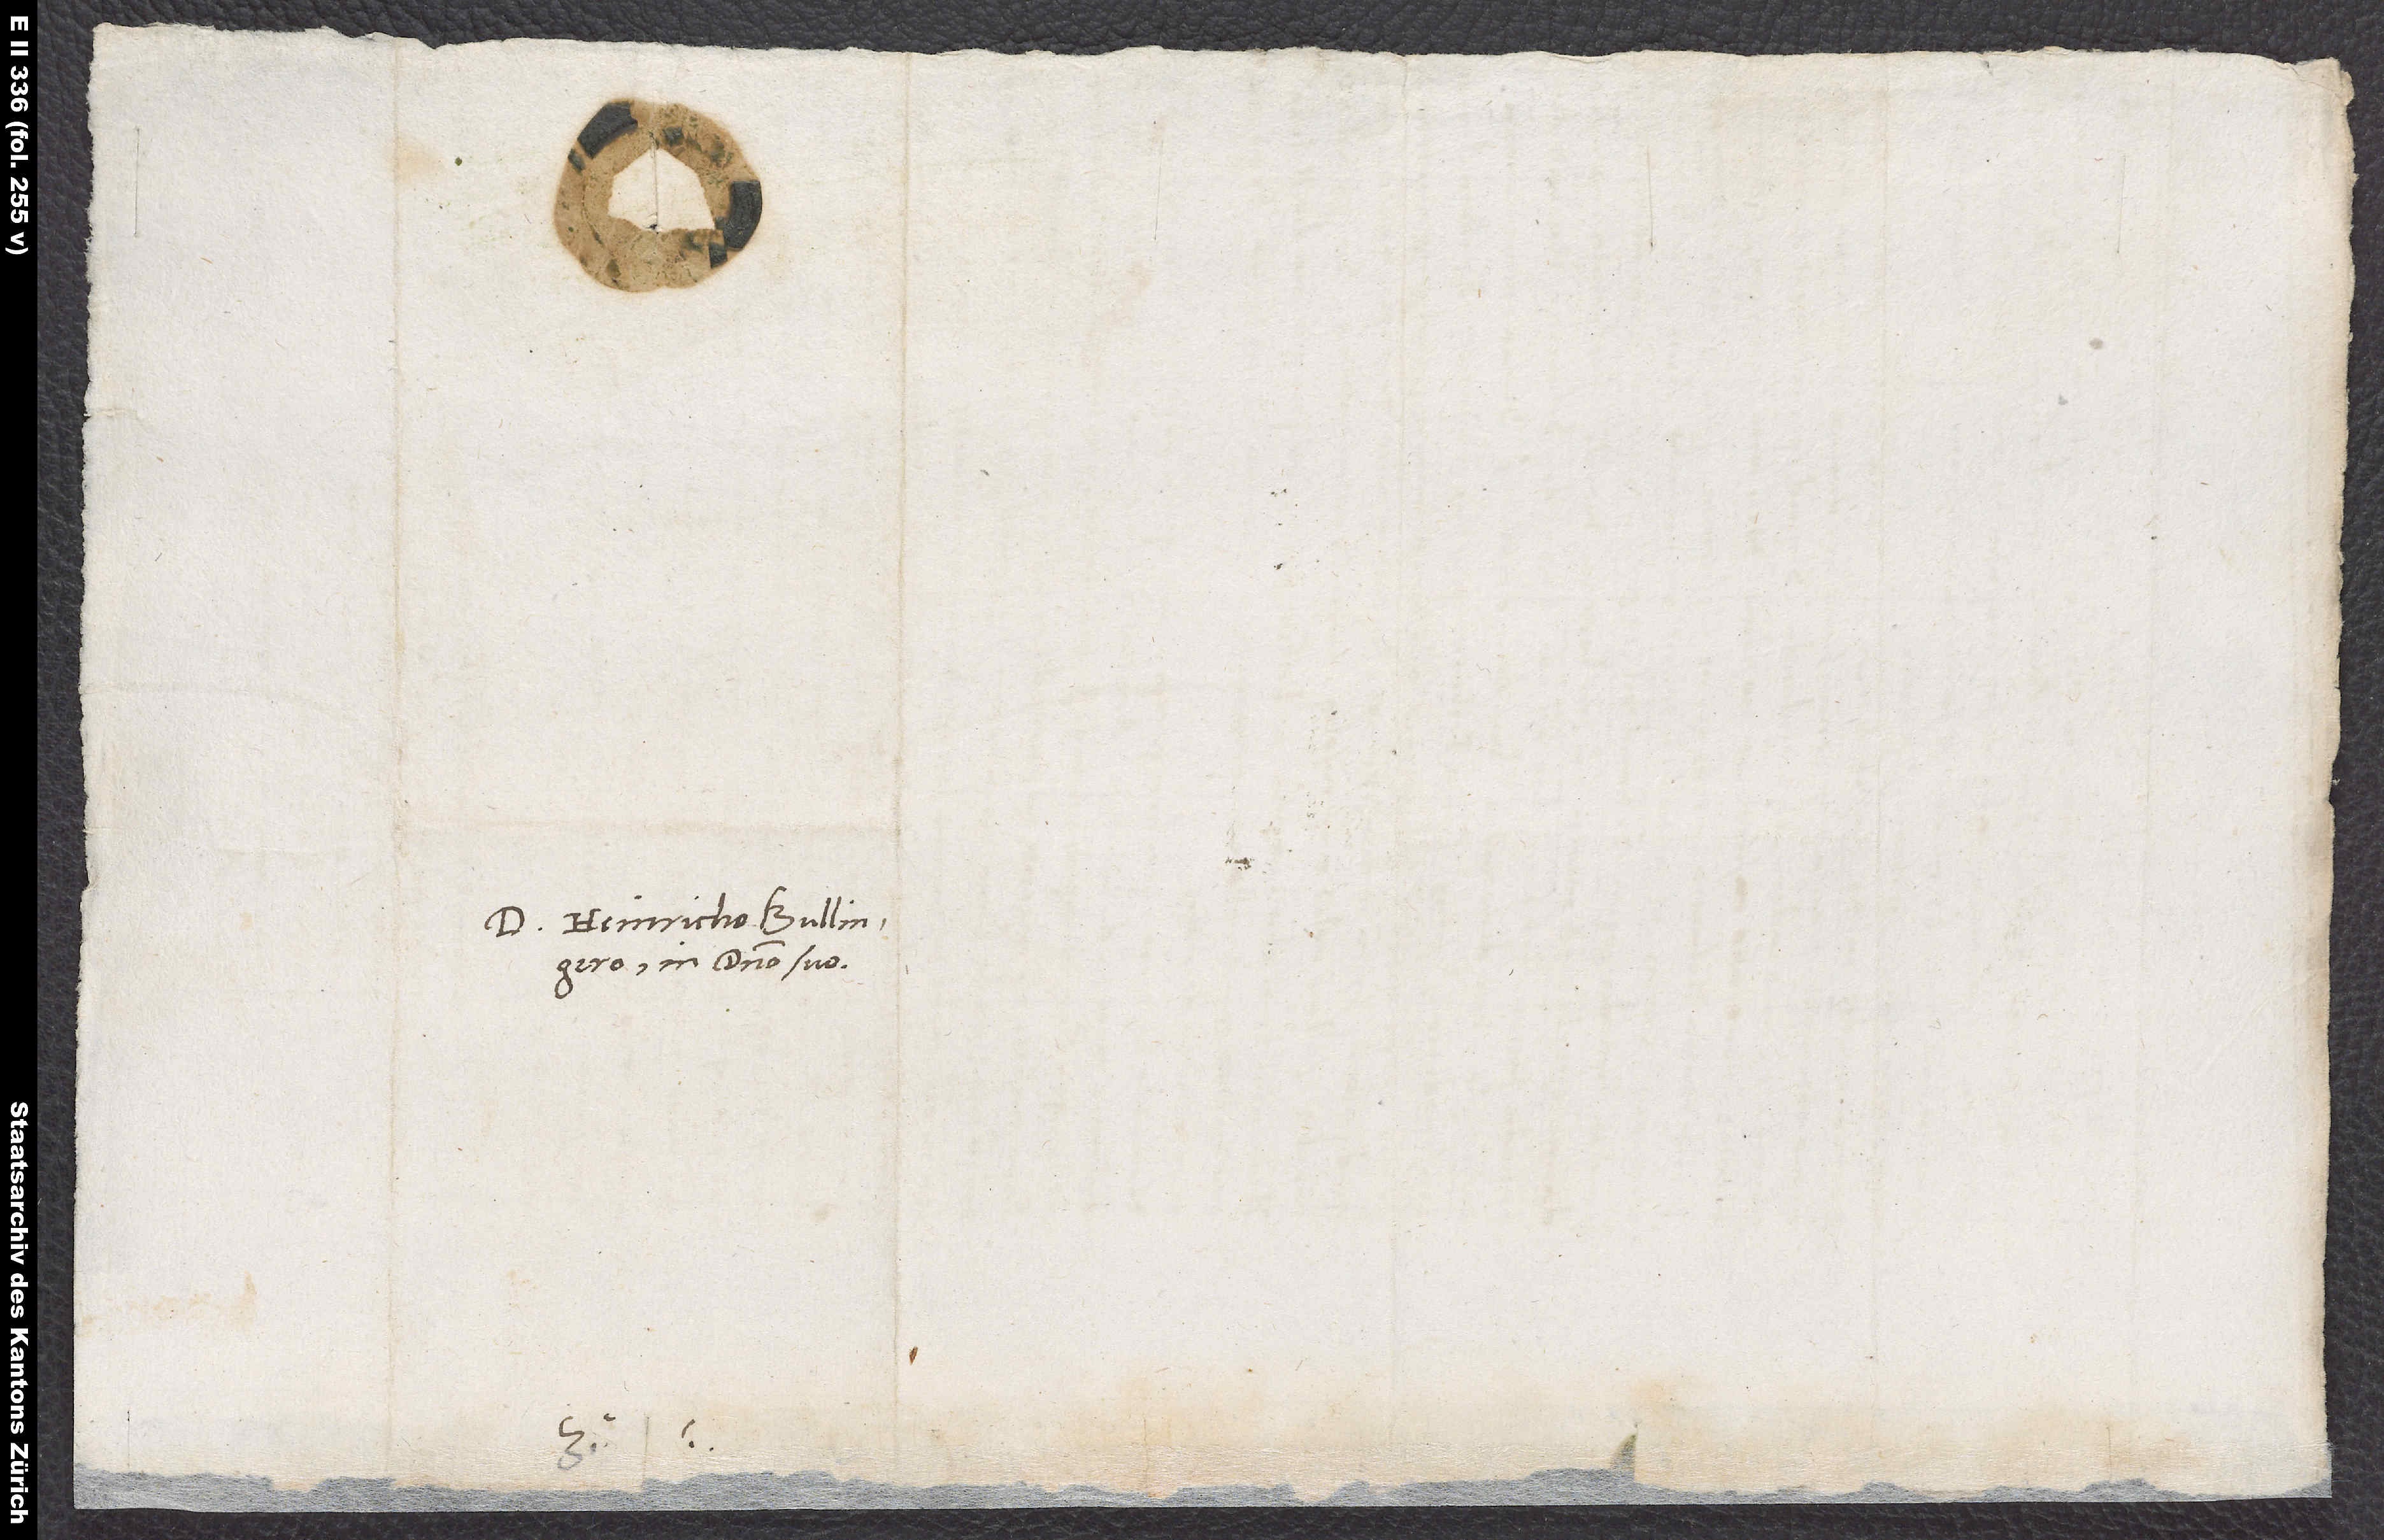
D. Heinricho Bullingero
in domino suo.
S.